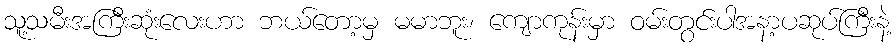
သူ့သမီးအကြီးဆုံးလေးဟာ ဘယ်တော့မှ မမာဘူး၊ ကျောကုန်းမှာ ဝမ်းတွင်းပါအနာ့ပဆုပ်ကြီးနဲ့